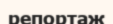
репортаж